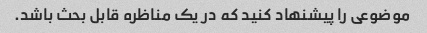
موضوعی را پیشنهاد کنید که در یک مناظره قابل بحث باشد.